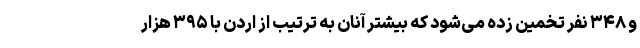
و ۳۴۸ نفر تخمین زده می‌شود که بیشتر آنان به ترتیب از اردن با ۳۹۵ هزار